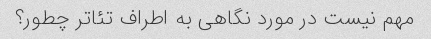
مهم نیست در مورد نگاهی به اطراف تئاتر چطور؟